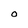
Character: O